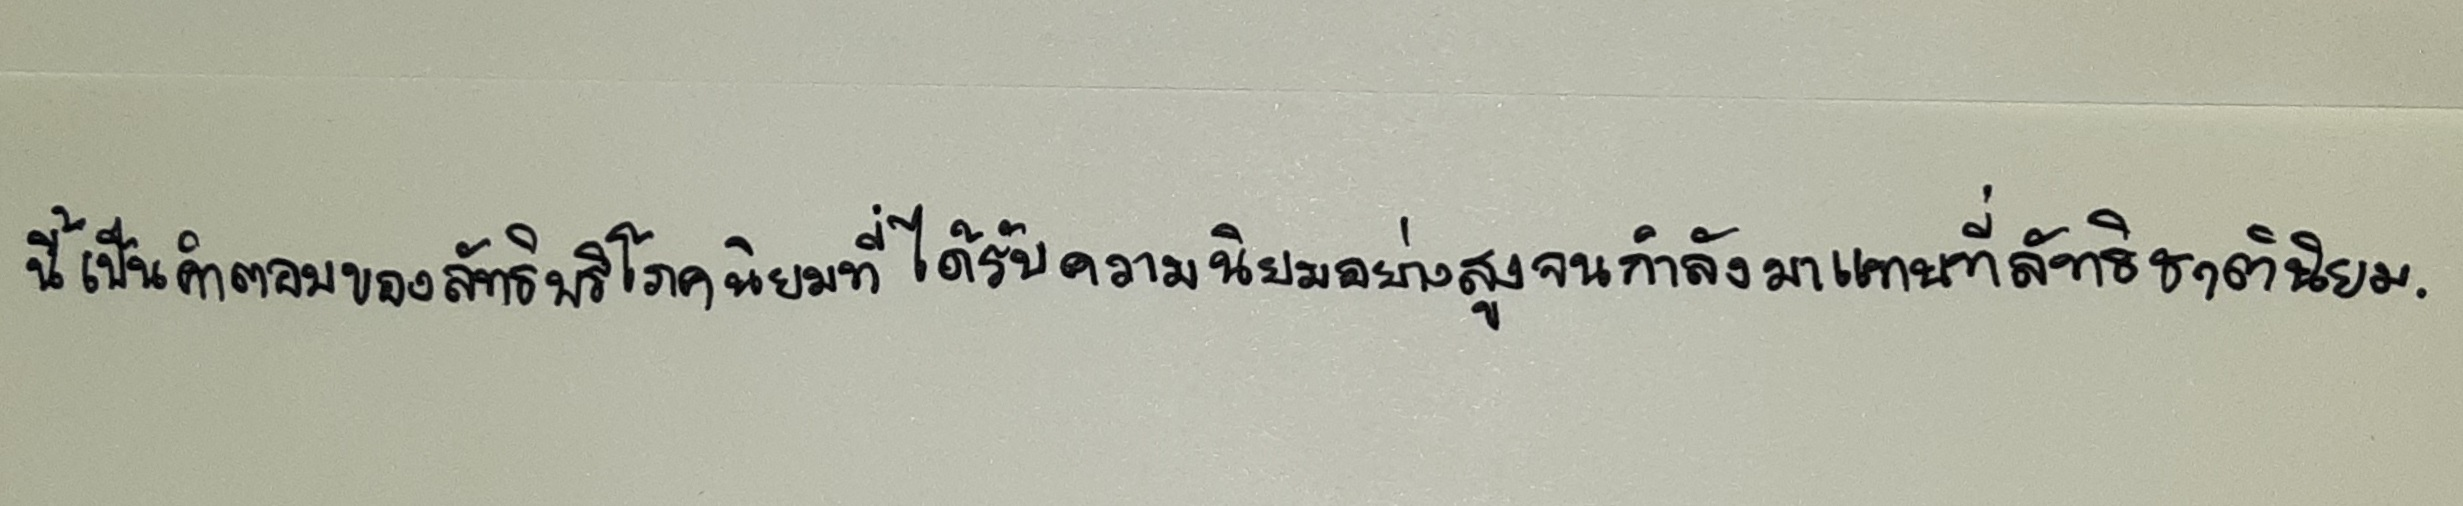
นี้เป็นคำตอบของลัทธิบริโภคนิยมที่ได้รับความนิยมอย่างสูงจนกำลังมาแทนที่ลัทธิชาตินิยม